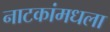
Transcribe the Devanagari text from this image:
नाटकांमधला